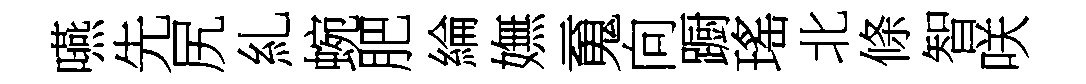
嚥先尻糺蜿肥綸嫵䰟向蹰瑤北條智咲